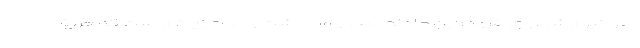
جلوگیری شد. وی افزود: این حادثه مصدوم نداشت و مدت زیادی است که حریق